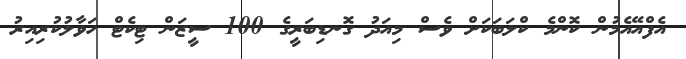
އެފްއޭއެމުން ކޮންމެ ކްލަބަކަށް ވެސް މިއަދު ގޮނޑިބަރީގެ 100 ސީޒަން ޓިކެޓް ހަވާލުކުރިއިރު